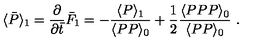
\langle \bar { P } \rangle _ { 1 } = { \frac { \partial } { \partial \bar { t } } } \bar { F } _ { 1 } = - { \frac { \langle P \rangle _ { 1 } } { \langle P P \rangle _ { 0 } } } + { \frac { 1 } { 2 } } { \frac { \langle P P P \rangle _ { 0 } } { \langle P P \rangle _ { 0 } } } \ .